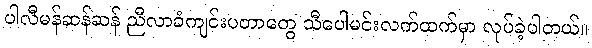
ပါလီမန်ဆန်ဆန် ညီလာခံကျင်းပတာတွေ သီပေါမင်းလက်ထက်မှာ လုပ်ခဲ့ပါတယ်။